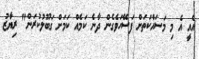
އެއީ އެ މި މަސައްކަތަށް ފަސޭހަވެގެން ދާނެ ކަމެއް ކަމަށް ގަބޫލުކުރަން" ރިޔާޒު